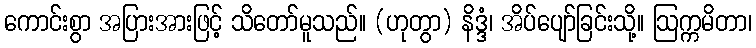
ကောင်းစွာ အပြားအားဖြင့် သိတော်မူသည်။ (ဟုတွာ) နိဒ္ဒံ၊ အိပ်ပျော်ခြင်းသို့။ ဩက္ကမိတာ၊